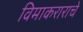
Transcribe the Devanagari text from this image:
विमाकराराचे